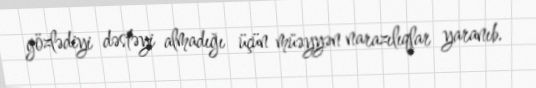
gözlədiyi dəstəyi almadığı üçün müəyyən narazılıqlar yaranıb.